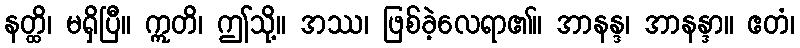
နတ္ထိ၊ မရှိပြီ။ ဣတိ၊ ဤသို့။ အဿ၊ ဖြစ်ခဲ့လေရာ၏။ အာနန္ဒ၊ အာနန္ဒာ။ ဧတံ၊